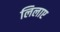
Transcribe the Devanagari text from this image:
लिलाए